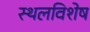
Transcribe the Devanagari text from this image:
स्थलविशेष